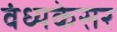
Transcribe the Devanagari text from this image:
वंध्यकेसर